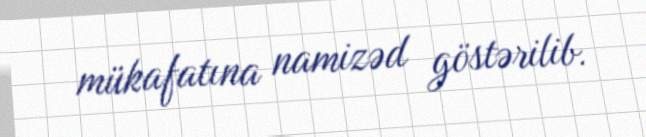
mükafatına namizəd göstərilib.